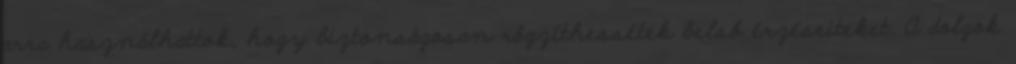
arra használhattok, hogy biztonságosan rögzíthessétek belső érzéseiteket. A dolgok